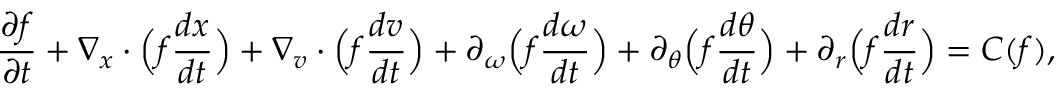
\frac { \partial f } { \partial t } + \nabla _ { \boldsymbol { x } } \cdot \Big ( f \frac { d \boldsymbol { x } } { d t } \Big ) + \nabla _ { \boldsymbol { v } } \cdot \Big ( f \frac { d \boldsymbol { v } } { d t } \Big ) + \partial _ { \omega } \Big ( f \frac { d \omega } { d t } \Big ) + \partial _ { \theta } \Big ( f \frac { d \theta } { d t } \Big ) + \partial _ { r } \Big ( f \frac { d r } { d t } \Big ) = C ( f ) ,